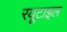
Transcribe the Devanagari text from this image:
रयूटाइल